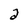
Character: 2